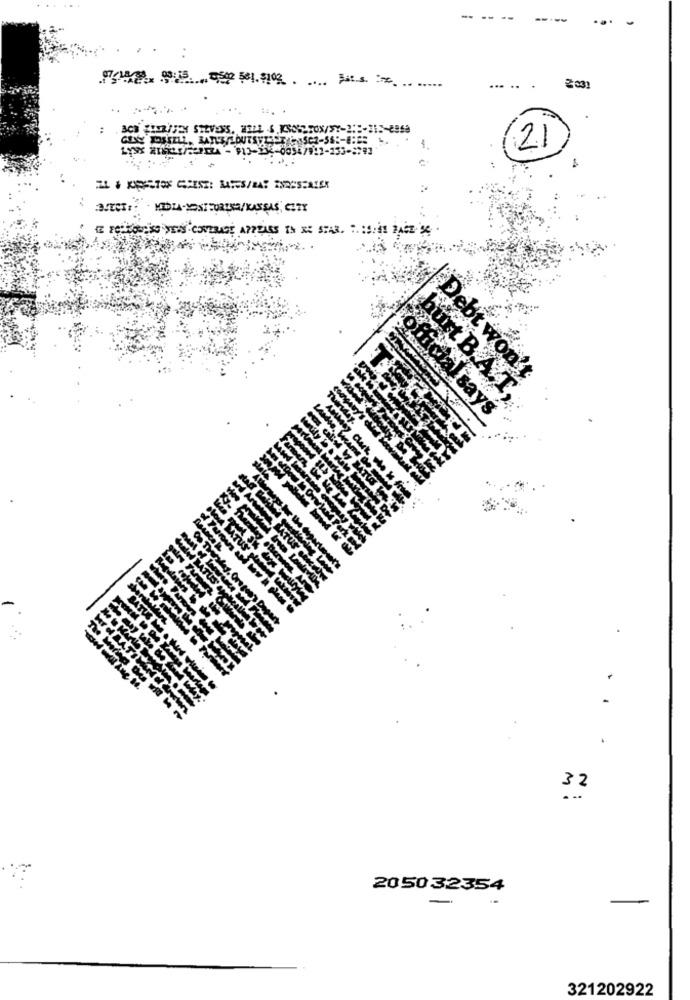
-.
--
.....
:
21
3SECS: MIDI -POSITORIES/KANSAS CITY
Debt won'
hurt B.A.T.
post da says
..
32
...
205032354
-
321202922